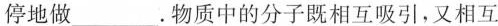
停地做___。物质中的分子既相互吸引，又相互